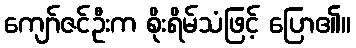
ကျော်ဇင်ဦးက စိုးရိမ်သံဖြင့် ပြော၏။